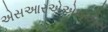
એસઆરએએમએસ